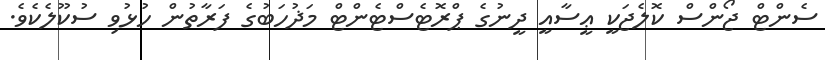
ސެންޓް ޖޯންސް ކޮލެޖަކީ ޢީސާއީ ދީނުގެ ޕްރޮޓެސްޓެންޓް މަޛުހަބުގެ ފަރާތުން ހުޅުވި ސުކޫލެކެވެ.